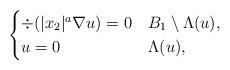
LaTeX: \begin{align*}\begin{cases}\div(|x_2|^a\nabla u)=0 & B_1\setminus \Lambda(u),\\u=0 & \Lambda(u),\end{cases}\end{align*}